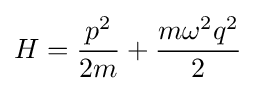
H={p^{2} \over 2m}+{m\omega ^{2}q^{2} \over 2}